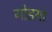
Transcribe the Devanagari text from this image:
गोडया